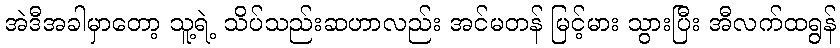
အဲဒီအခါမှာတော့ သူ့ရဲ့ သိပ်သည်းဆဟာလည်း အင်မတန် မြင့်မား သွားပြီး အီလက်ထရွန်